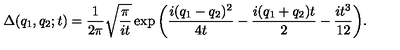
\Delta ( q _ { 1 } , q _ { 2 } ; t ) = { \frac 1 { 2 \pi } } \sqrt { { \frac \pi { i t } } } \exp { \left( { \frac { i ( q _ { 1 } - q _ { 2 } ) ^ { 2 } } { 4 t } } - { \frac { i ( q _ { 1 } + q _ { 2 } ) t } 2 } - { \frac { i t ^ { 3 } } { 1 2 } } \right) } .